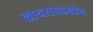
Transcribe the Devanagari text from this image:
शायरायडशोथ